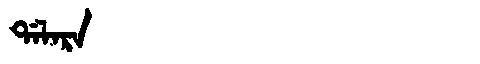
Manchu: ᡩᠠᠯᠠᡵᠠ
Romanization: DALARA